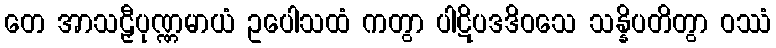
တေ အာသဠှီပုဏ္ဏမာယံ ဥပေါသထံ ကတွာ ပါဋိပဒဒိဝသေ သန္နိပတိတွာ ဝဿံ